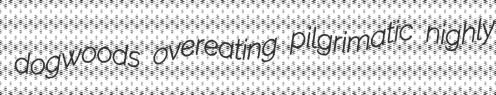
dogwoods overeating pilgrimatic nighly